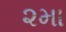
૨મા